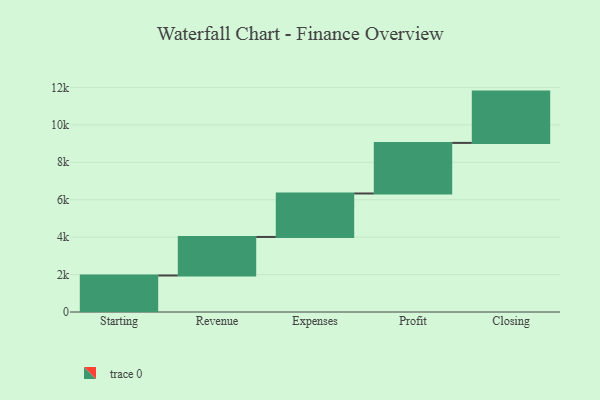
{"axis": {"x": "Step", "y": "Value"}, "legend": [""], "data": [{"x": "Starting", "y": 1951.0, "type": ""}, {"x": "Revenue", "y": 2059.0, "type": ""}, {"x": "Expenses", "y": 2323.0, "type": ""}, {"x": "Profit", "y": 2703.0, "type": ""}, {"x": "Closing", "y": 2741.0, "type": ""}]}